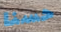
حسنا